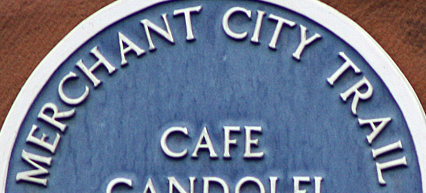
MERCHANT CITY TRAIL